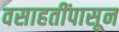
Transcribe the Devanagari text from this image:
वसाहतींपासून